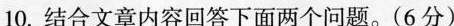
10. 结合文章内容回答下面两个问题。(6分）